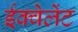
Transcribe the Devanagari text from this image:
ईक्वेलेंट